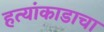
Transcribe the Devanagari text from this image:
हत्यांकाडाचा